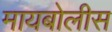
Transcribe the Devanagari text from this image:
मायबोलीस